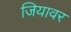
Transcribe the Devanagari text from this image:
जियावर